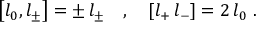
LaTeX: \left[ l _ { 0 } , l _ { \pm } \right] = \pm \, l _ { \pm } \quad , \quad \left[ l _ { + } \, l _ { - } \right] = 2 \, l _ { 0 } ~ .